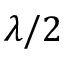
\lambda / 2